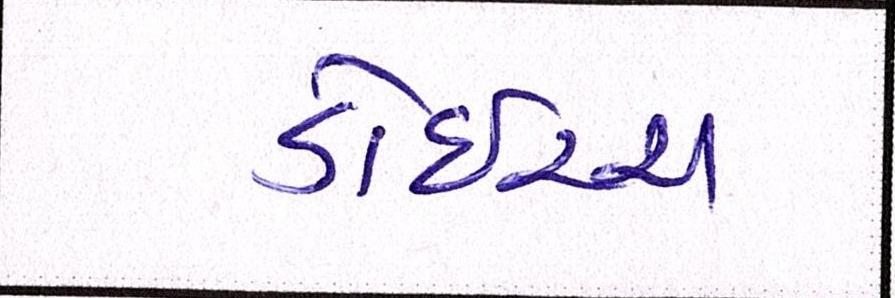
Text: ડોઇચ્ચ